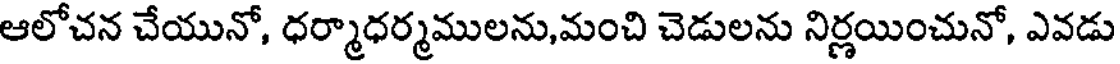
ఆలోచన చేయునో, ధర్మాధర్మములను,మంచి చెడులను నిర్ణయించునో, ఎవడు